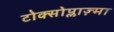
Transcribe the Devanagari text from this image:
टोक्सोप्लाज़्मा